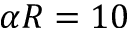
\alpha R = 1 0